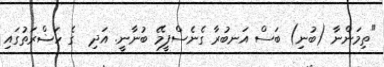
"ތިމަންނާ (ބުނި) ބަސް އަނބުރާ ގެނެސްފީމޭ ބުނާނީ. އަދި  ގެ ހަޟްރަތުގައި